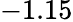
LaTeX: -1.15